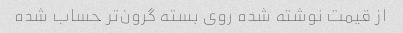
از قیمت نوشته شده روی بسته گرون‌تر حساب شده